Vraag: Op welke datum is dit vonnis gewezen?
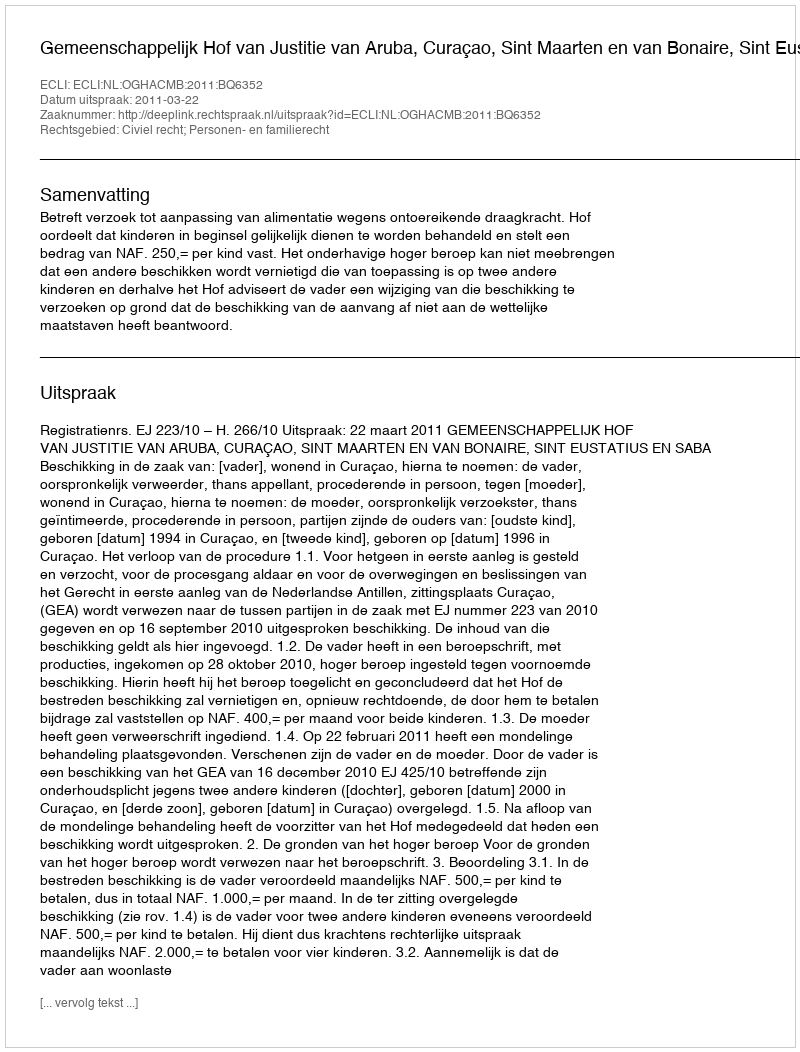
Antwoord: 2011-03-22